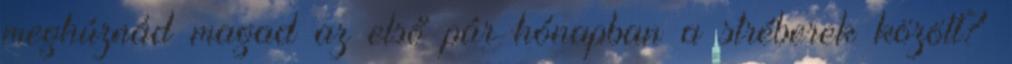
meghúznád magad az első pár hónapban a stréberek között?